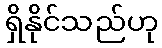
ရှိနိုင်သည်ဟု